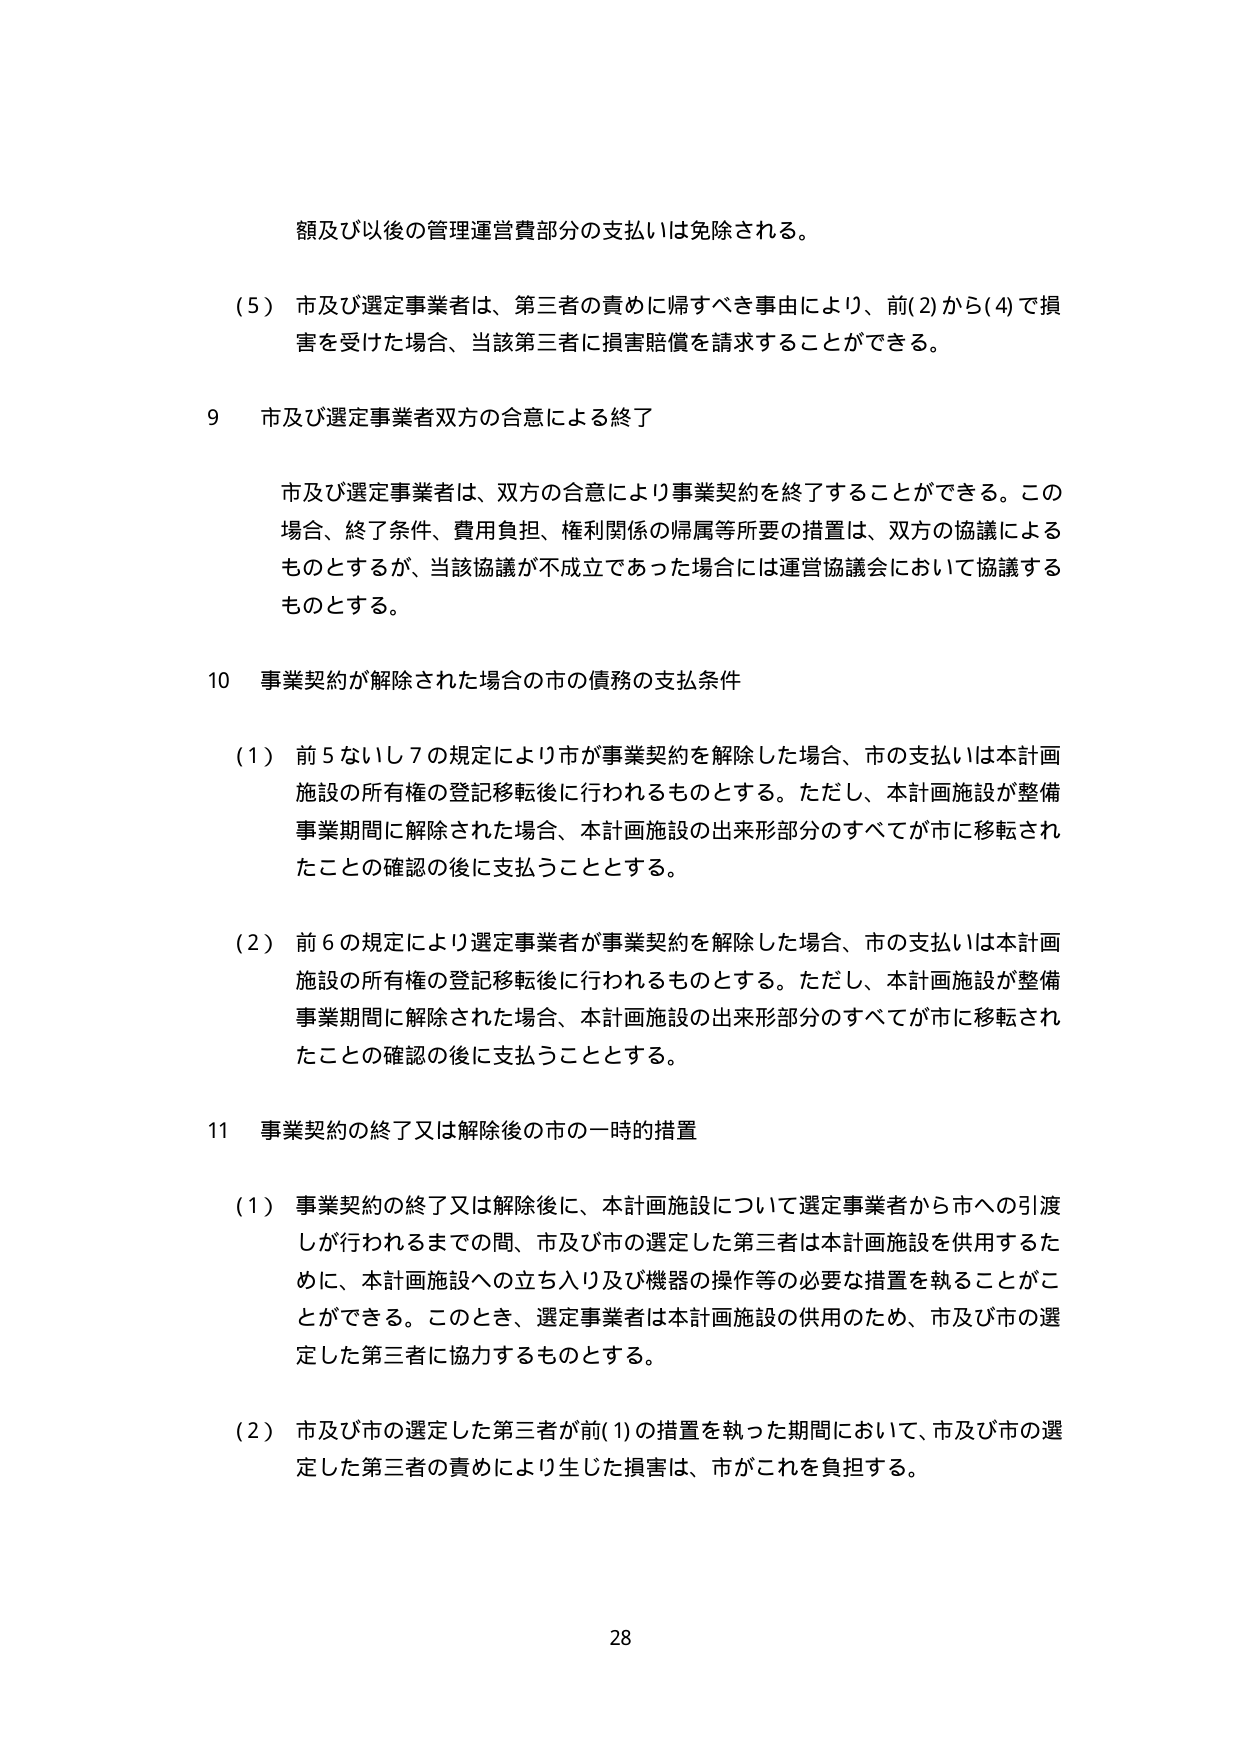
額及び以後の管理運営費部分の支払いは免除される。

（5）市及び選定事業者は、第三者の責めに帰すべき事由により、前(2)から(4)で損害を受けた場合、当該第三者に損害賠償を請求することができる。

9 市及び選定事業者双方の合意による終了

市及び選定事業者は、双方の合意により事業契約を終了することができる。この場合、終了条件、費用負担、権利関係の帰属等所要の措置は、双方の協議によるものとするが、当該協議が不成立であった場合には運営協議会において協議するものとする。

10 事業契約が解除された場合の市の債務の支払条件

（1）前5ないし7の規定により市が事業契約を解除した場合、市の支払いは本計画施設の所有権の登記移転後に行われるものとする。ただし、本計画施設が整備事業期間に解除された場合、本計画施設の出来形部分のすべてが市に移転されたことの確認の後に支払うこととする。

（2）前6の規定により選定事業者が事業契約を解除した場合、市の支払いは本計画施設の所有権の登記移転後に行われるものとする。ただし、本計画施設が整備事業期間に解除された場合、本計画施設の出来形部分のすべてが市に移転されたことの確認の後に支払うこととする。

11 事業契約の終了又は解除後の市の一時的措置

（1）事業契約の終了又は解除後に、本計画施設について選定事業者から市への引渡しが行われるまでの間、市及び市の選定した第三者は本計画施設を供用するために、本計画施設への立ち入り及び機器の操作等の必要な措置を執ることができる。このとき、選定事業者は本計画施設の供用のため、市及び市の選定した第三者に協力するものとする。

（2）市及び市の選定した第三者が前(1)の措置を執った期間において、市及び市の選定した第三者の責めにより生じた損害は、市がこれを負担する。

28